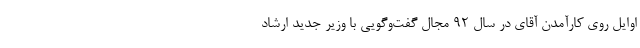
اوایل روی کار‌آمدن آقای در سال 92 مجال گفت‌و‌گویی با وزیر جدید ارشاد